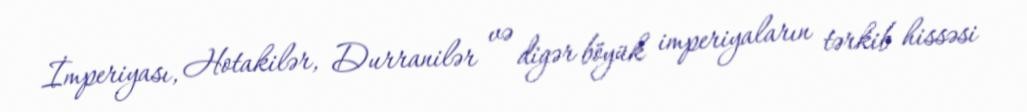
İmperiyası, Hotakilər, Durranilər və digər böyük imperiyaların tərkib hissəsi